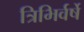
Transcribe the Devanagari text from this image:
त्रिभिर्वर्षे